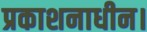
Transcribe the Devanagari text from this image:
प्रकाशनाधीन।